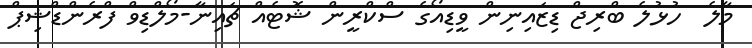
މާލެ  ހުޅުލެ ބްރިޖް ޑިޒައިނިން ވީޑިއޯގެ ސްކްރީން ޝޮޓެއް ޗައިނާ-މޯލްޑިވްް ފްރެންޑްޝިޕް